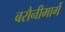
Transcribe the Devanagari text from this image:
बरौनीमार्गे